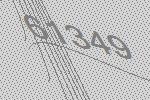
61349